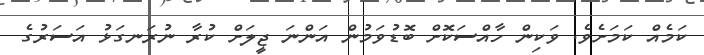
ކަމެއް ކަމަށެވެ. ވަކިން ހާއްސަކޮށް ބޮޑުވަމުން އަންނަ ޖީލަށް ކުރާ ނުރަނގަޅު އަސަރުގެ